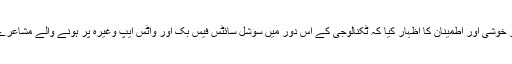
انہوں نے اس بات پر خوشی اور اطمینان کا اظہار کیا کہ ٹکنالوجی کے اس دور میں سوشل سائٹس فیس بک اور واٹس ایپ وغیرہ پر ہونے والے مشاعرے مقبول ہو رہے ہیں۔